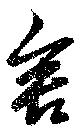
舎